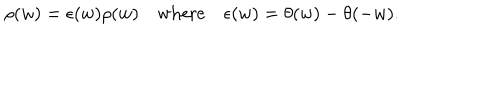
LaTeX: \rho ( w ) = \epsilon ( w ) \rho ( w ) \quad \mathrm { w h e r e } \quad \epsilon ( w ) = \theta ( w ) - \theta ( - w ) .